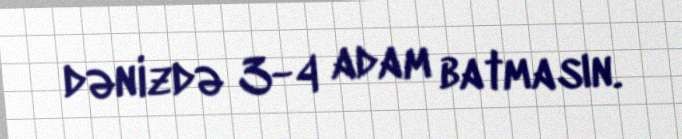
dənizdə 3-4 adam batmasın.